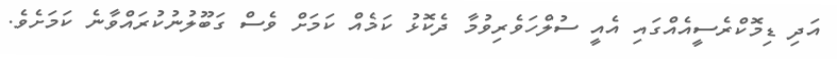
އަދި ޑިމޮކްރެސީއެއްގައި އެއީ ސުލްހަވެރިވުމާ ދެކޮޅު ކަމެއް ކަމަށް ވެސް ގަބޫލުނުކުރައްވާނެ ކަމަށެވެ.